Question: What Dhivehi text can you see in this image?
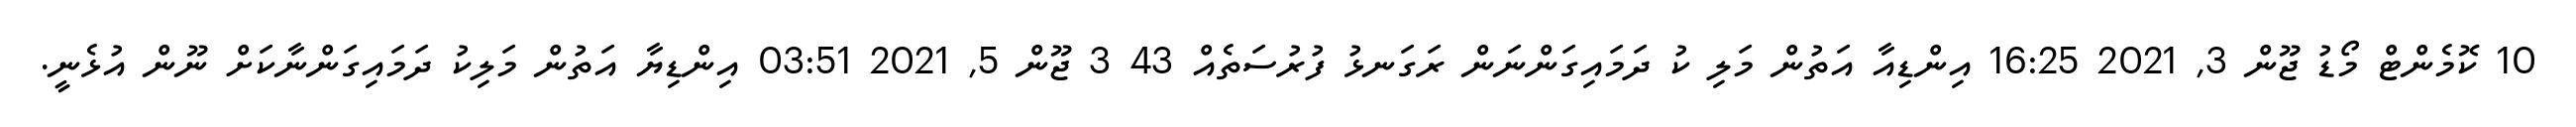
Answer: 10 ކޮމެންޓް މޯޑު ޖޫން 3, 2021 16:25 އިންޑިއާ އަތުން މަލި ކު ދަމައިގަންނަން ރަގަނޅު ފުރުސަތެއް 43 3 ޖޫން 5, 2021 03:51 އިންޑިޔާ އަތުން މަލިކު ދަމައިގަންނާކަށް ނޫން އުޅެނީ.